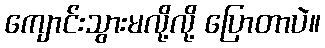
ကျောင်းသွားမလို့လို့ ပြောတာပဲ။